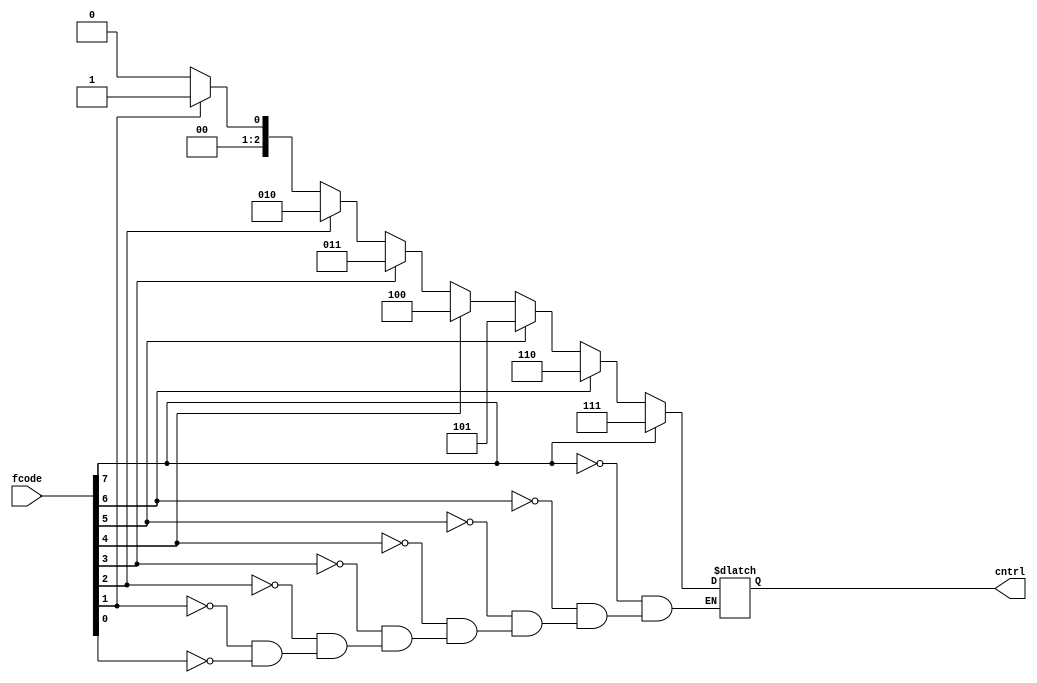
module encoder(fcode, cntrl);
    input [7:0] fcode;
    output [2:0] cntrl;
    reg [2:0] cntrl;
    integer i;
    always@(fcode) begin
      for(i=0; i<8; i=i+1) begin
        if(fcode[i]==1) cntrl = i;
      end
    end
endmodule

module ALU(cntrl, A, B, out);
    input [2:0] cntrl;
    input [3:0] A, B;
    output [3:0] out;
    assign out = (cntrl==0) ? A+B : (cntrl==1) ? A-B : (cntrl==2) ? A^B : (cntrl==3) ? A|B : (cntrl==4) ? A&B : (cntrl==5) ? ~(A|B) : (cntrl==6) ? ~(A&B) : (cntrl==7) ? ~(A^B) : 4'b0000;
endmodule

module EvenParityGen(out, parity);
    output parity;
    input [3:0] out;
    assign parity = ~(^out);
endmodule

module pipeline(parity, aluout, encout, clk, instruction, reset);
    input [15:0] instruction;
    input clk, reset;
    wire [10:0] p1;
    wire [3:0] p2;
    wire [2:0] cntrl;
    output parity;
    output [3:0] aluout;
    output [2:0] encout;
    //fetch stage
    encoder e(instruction[15:8], p1[10:8]);
    assign encout = p1[10:8];
    assign p1[7:4] = instruction[7:4];
    assign p1[3:0] = instruction[3:0];
    //execute stage
    ALU alu(p1[10:8], p1[7:4], p1[3:0], p2);
    assign aluout = p2;
    //parity 
    EvenParityGen epg(p2, parity);
endmodule

module pipeline_test;
    reg reset,clk;
    reg [3:0] A,B;
    reg [7:0] inp_code;
    wire parity;
    wire [2:0] enc_out;
    wire [3:0] alu_out;
    
    pipeline pl(parity,alu_out,enc_out,clk,{inp_code,A,B},reset);
    always @(clk)
      #5 clk<=~clk;
    
    initial
       $monitor($time,"A=%b|B=%b|inp_code=%b|clk=%b||alu_out=%b|enc_out=%b|parity=%b",A,B,inp_code,clk,alu_out,enc_out,parity);  
    initial
       begin
           clk=1'b1;
           reset = 1'b0;
           #10 reset=1'b1;
           #10 A=4'b0001;
               B=4'b1010;
               inp_code= 8'b00000001;
           #10 A=4'b0010;
               B=4'b1010; 
               inp_code= 8'b00010000;
           #10 A=4'b0100;
               B=4'b1010; 
              inp_code= 8'b01000000;
           #10 $finish;
       end

    initial begin
        $dumpfile("test.vcd");
        $dumpvars(1, pipeline_test);
    end
endmodule